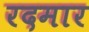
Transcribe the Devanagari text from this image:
रदमार